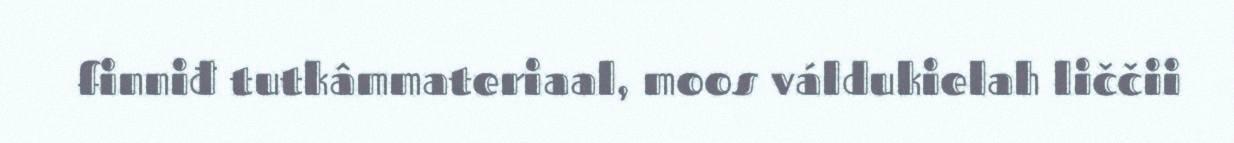
finniđ tutkâmmateriaal, moos váldukielah liččii